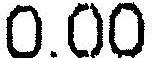
0.00